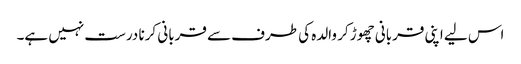
اس لیے اپنی قربانی چھوڑ کر والدہ کی طرف سے قربانی کرنا درست نہیں ہے۔